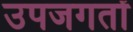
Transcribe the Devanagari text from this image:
उपजगतों